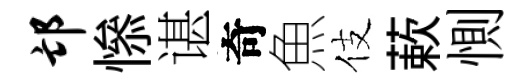
邙𢡖谌奇魚伎蔌惻